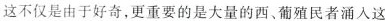
这不仅是由于好奇，更重要的是大量的西、葡殖民者涌入这